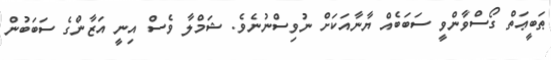
ޠަބީޢަތް ގޯސްވާންވީ ސަބަބެއް ޔާނާއަކަށް ނުވިސްނުނެވެ. ޝަމްލާ ވެސް އިނީ އަޒާންގެ ސަބަބުން